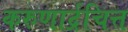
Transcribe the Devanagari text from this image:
करुणार्द्रचित्त